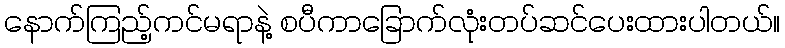
နောက်ကြည့်ကင်မရာနဲ့ စပီကာခြောက်လုံးတပ်ဆင်ပေးထားပါတယ်။